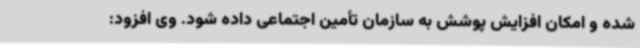
شده و امکان افزایش پوشش به سازمان تأمین اجتماعی داده شود. وی افزود: